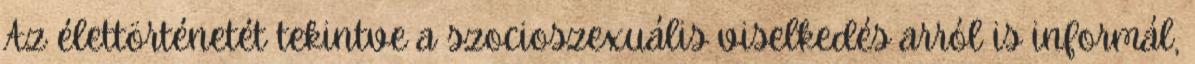
Az élettörténetét tekintve a szocioszexuális viselkedés arról is informál,